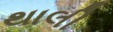
થાલી